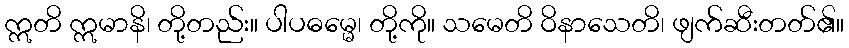
ဣတိ ဣမာနိ၊ တို့တည်း။ ပါပဓမ္မေ၊ တို့ကို။ သမေတိ ဝိနာသေတိ၊ ဖျက်ဆီးတတ်၏။